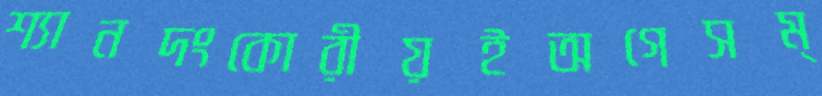
শ্যানদংকোরীয়ইঅগেসম্